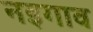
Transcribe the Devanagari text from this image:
नइगाव